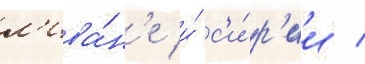
л'ива́н'е и́ с'и́р'ии /